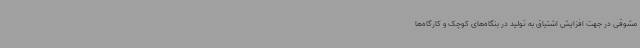
مشوقی در جهت افزایش اشتیاق به تولید در بنگاه‌های کوچک و کارگاه‌ها